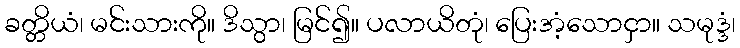
ခတ္တိယံ၊ မင်းသားကို။ ဒိသွာ၊ မြင်၍။ ပလာယိတုံ၊ ပြေးအံ့သောငှာ။ သမုဒ္ဒံ၊